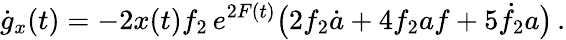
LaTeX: \dot{g}_{x}(t)=-2x(t)f_{2}\, e^{2F(t)}\big(2f_{2}\dot{a}+4f_{2}af+5\dot{f}_{2}a\big)\, .